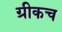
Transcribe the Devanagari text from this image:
ग्रीकच